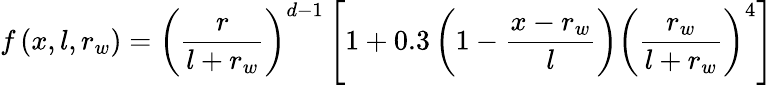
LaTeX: f\left(x,l,r_{w}\right)=\left(\frac{r}{l+r_{w}}\right)^{d-1}\left[1+0.3\left(1-\frac{x-r_{w}}{l}\right)\left(\frac{r_{w}}{l+r_{w}}\right)^{4}\right]